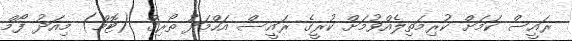
ރައީސް ކަމަށް ކުރިމަތިލެއްވުމަށް ކުރީގެ ރައީސް އަހްމަދު ތޯރިގް (ޓޮމް) މިއަދު ފޯމް